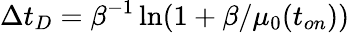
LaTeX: \Delta t_{D}=\beta^{-1}\ln(1+\beta/\mu_{0}(t_{on}))